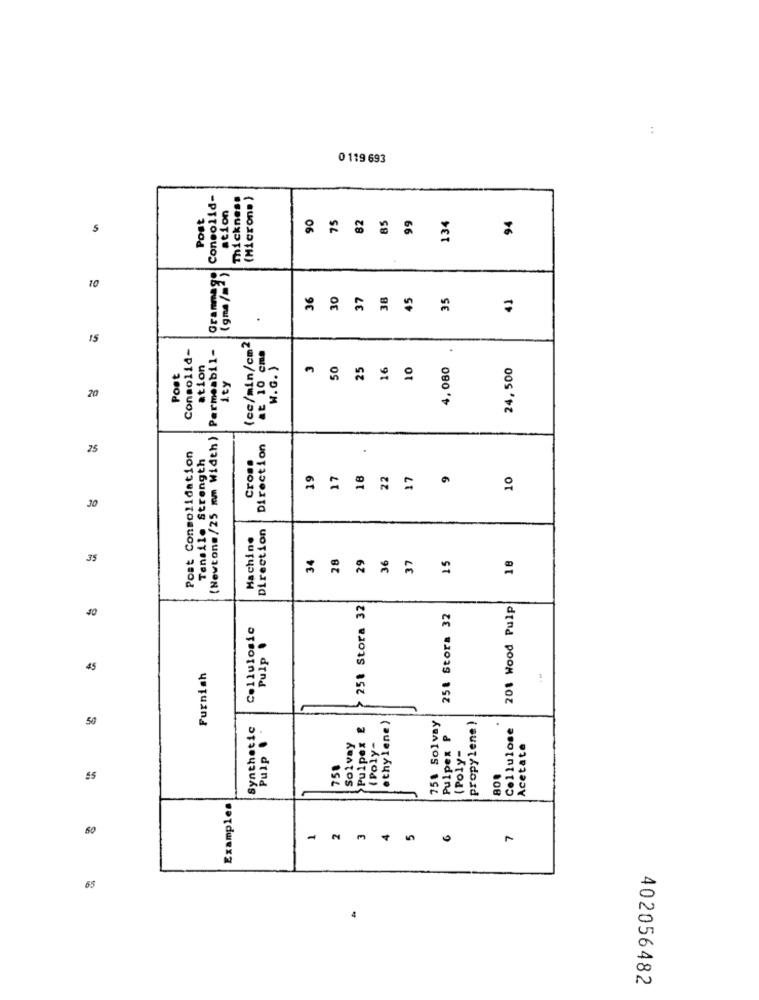
..
0 119 693
Consolid-
Thickness
(Micron. )
ation
Post
90
75
85
99
134
94
82
S
Granmag
10
36
30
37
38
45
35
41
15
Consolid-
(Newtons/25 mm Width ) Permeabil-
(cc/min/cm2
at 10 cma
ation
W.G. )
50
25
16
10
4, 080
24,500
Post
ity
20
Direction
75
Post Consolidation
Tensile Strength
Cross
19
17
18
22
17
10
30
Direction
Machine
34
28
29
36
37
15
18
35
8
25t Stora 32
201 Wood Pulp
250 Stora 32
Cellulosic
Pulp .
45
Furnish
ethylene)
50
Synthetic
75% Solvay
propylene )
Cellulose
Pulp .
Solvay
Pulpex
(Poly-
Pulpex P
(Poly-
Acetate
750
80.
55
Examples
m
60
7
m
65
402056482